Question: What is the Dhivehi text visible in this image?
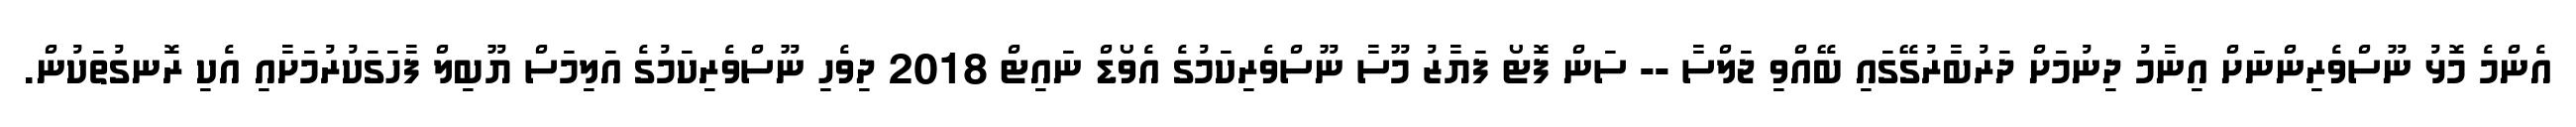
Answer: އެންމެ މޮޅު ނޫސްވެރިންނަށް އިނާމު ދިނުމަށް ދަރުބާރުގޭގައި ބޭއްވި ޖަލްސާ -- ސަން ފޮޓޯ ފަޔާޒު މޫސާ ނޫސްވެރިކަމުގެ އެވޯޑް ނައިޓް 2018 ދިވެހި ނޫސްވެރިކަމުގެ އަލިމަސް ޔޫބިލް ފާހަގަކުރުމަށާއި އެކި ރޮނގުތަކުން.